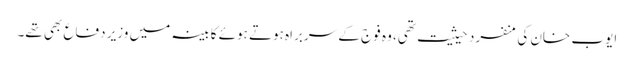
ایوب خان کی منفرد حیثیت تھی، وہ فوج کے سربراہ ہوتے ہوئے کابینہ میں وزیر دفاع بھی تھے۔